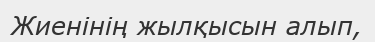
Жиенінің жылқысын алып,